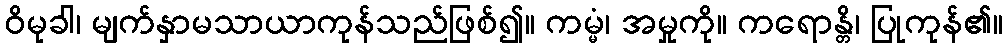
ဝိမုခါ၊ မျက်နှာမသာယာကုန်သည်ဖြစ်၍။ ကမ္မံ၊ အမှုကို။ ကရောန္တိ၊ ပြုကုန်၏။